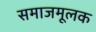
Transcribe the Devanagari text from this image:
समाजमूलक